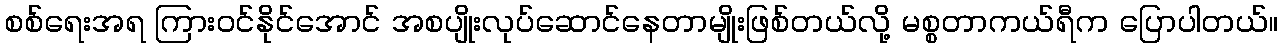
စစ်ရေးအရ ကြားဝင်နိုင်အောင် အစပျိုးလုပ်ဆောင်နေတာမျိုးဖြစ်တယ်လို့ မစ္စတာကယ်ရီက ပြောပါတယ်။